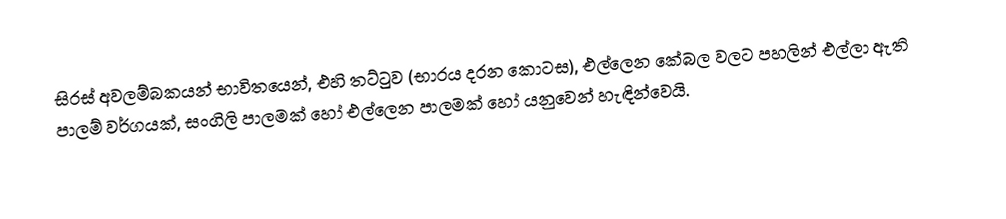
සිරස්  අවලම්බකයන් භාවිතයෙන්,  එහි තට්ටුව (භාරය දරන කොටස), එල්ලෙන කේබල වලට පහලින් එල්ලා ඇති පාලම් වර්ගයක්, සංගිලි පාලමක් හෝ එල්ලෙන පාලමක් හෝ යනුවෙන් හැඳින්වෙයි.